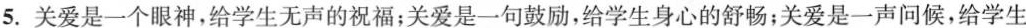
5.关爱是一个眼神，给学生无声的祝福；关爱是一句鼓励，给学生身心的舒畅；关爱是一声问候，给学生